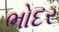
ભોદર